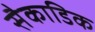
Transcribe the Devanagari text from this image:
सैकाडिक